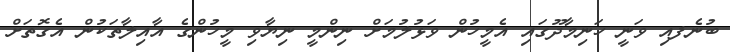
ބުނެފއި ވަނީ ހަނިމާދޫގައި އެމީހުން ވަޅުލުމަށް ނިންމީ ނިޔާވި މީހުންގެ އާއިލާތަކުން އެގޮތަށް